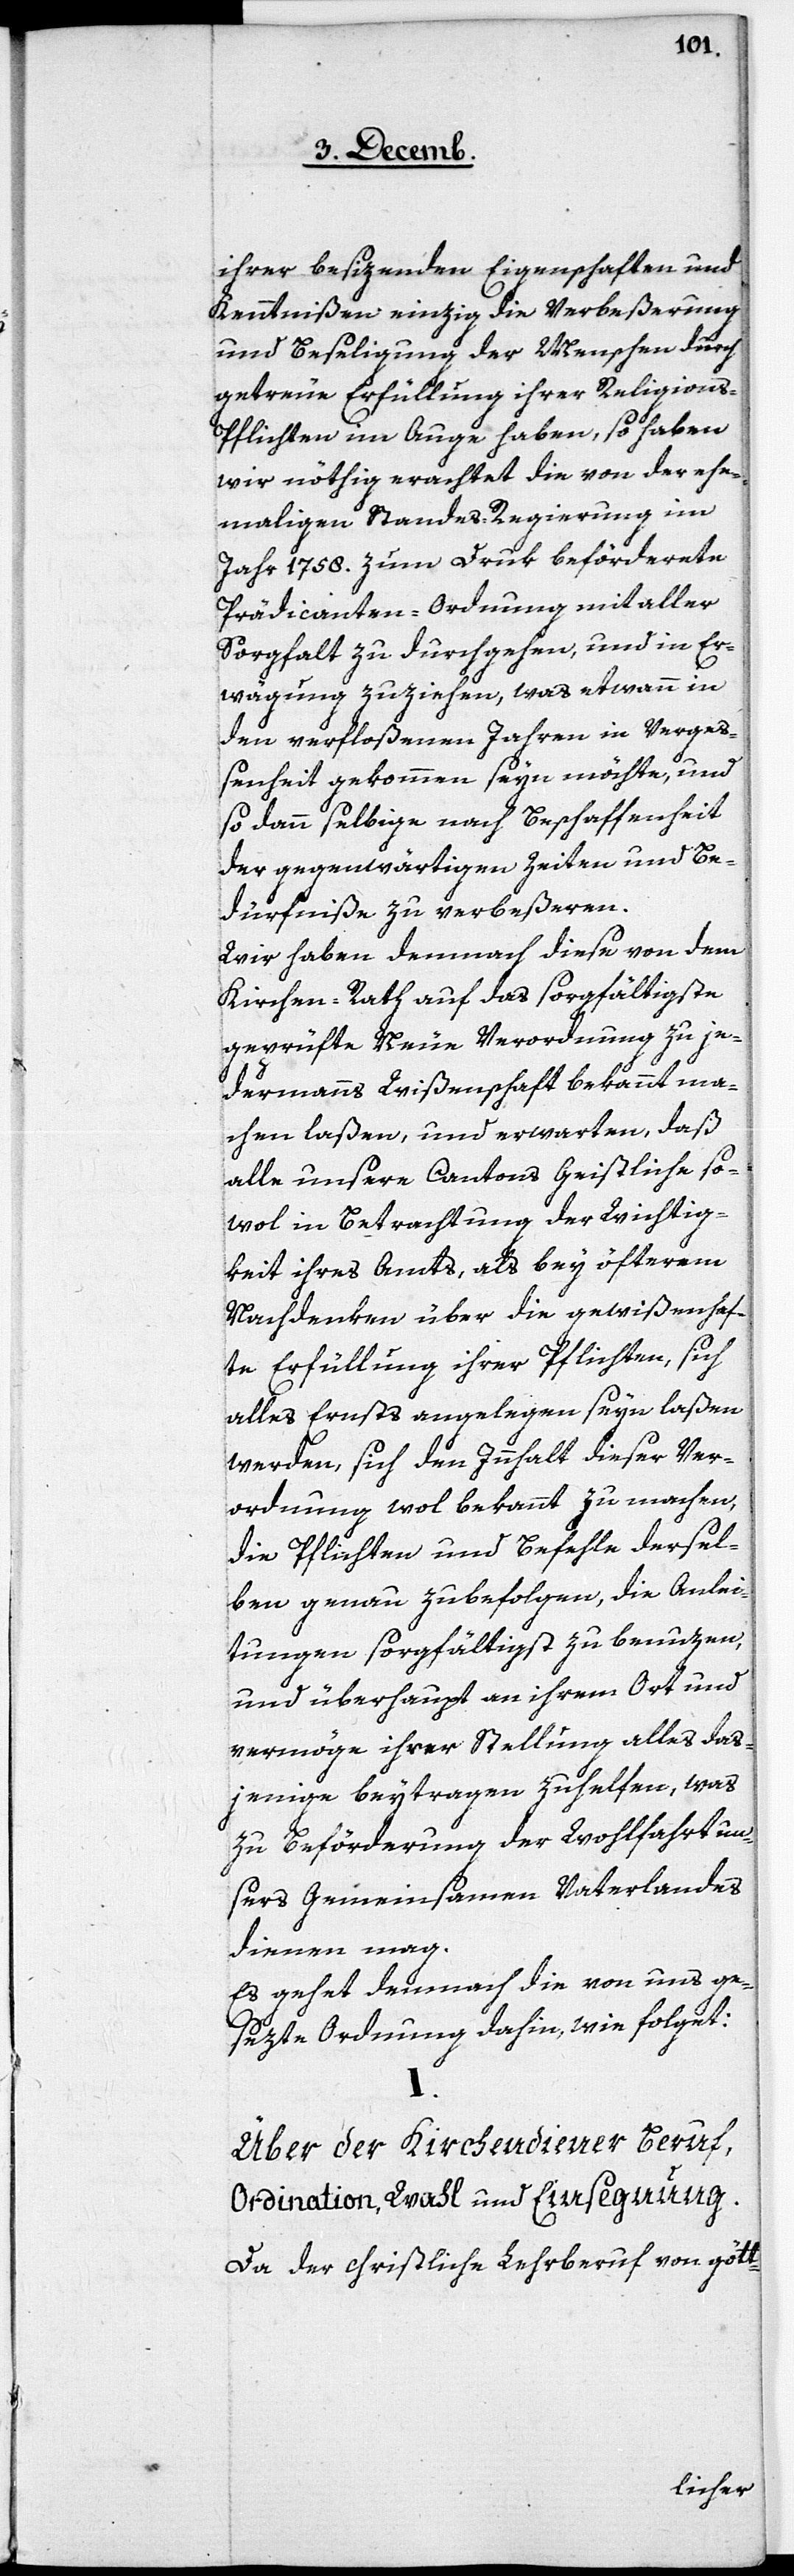
ihrer besizenden Eigenschaften und
Kenntnißen einzig die Verbeßerung
und Beseligung der Menschen durch
getreue Erfüllung ihrer Religions-P¬
flichten im Auge haben, so haben
wir nöthig erachtet die von der ehe¬
mahligen Standes-Regierung im
Jahr 1758. zum Druk beförderte
Prädicanten-Ordnung mit aller
Sorgfalt zu durchgehen, und in Er¬
wägung zuziehen, was etwann in
den verfloßenen Jahren in Vergeß¬
enheit gekommen seyn möchte, und
so dann selbige nach Beschaffenheit
der gegenwärtigen Zeiten und Be¬
dürfniße zu verbeßeren.
Wir haben demnach diese von dem
Kirchen-Rath auf das sorgfältigste
geprüfte Neue Verordnung zu je¬
dermanns Wißenschaft bekannt ma¬
chen laßen, und erwarten, daß
alle unsere Cantons Geistliche [sic!]
sowol in Betrachtung der Wichtig¬
keit ihres Amts, als bey öfterem
Nachdenken über die gewißenhaf¬
te Erfüllung ihrer Pflichten, sich
alles Ernsts angelegen seyn laßen
werden, sich den Innhalt dieser Ver¬
ordnung wol bekannt zu machen,
die Pflichten und Befehle dersel¬
ben genau zubefolgen, die Anlei¬
tungen sorgfältigst zu benuzen,
und überhaupt an ihrem Ort und
vermöge ihrer Stellung alles das¬
jenige beytragen zuhelfen, was
zu Beförderung der Wohlfahrt un¬
sers Gemeinsamen Vaterlandes
dienen mag.
Es gehet demnach die von uns ge¬
sezte Ordnung dahin, wie folget:
Über den Kirchendiener Beruf,
Ordination, Wahl und Einsegnung.
Da der christliche Lehrberuf von gött-